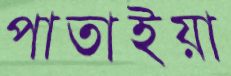
পাতাইয়া